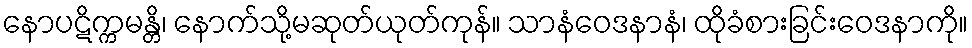
နောပဋိက္ကမန္တိ၊ နောက်သို့မဆုတ်ယုတ်ကုန်။ သာနံဝေဒနာနံ၊ ထိုခံစားခြင်းဝေဒနာကို။